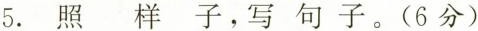
⒌. 照样子，写句子。 (6分)